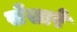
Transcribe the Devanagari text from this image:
सेसारे